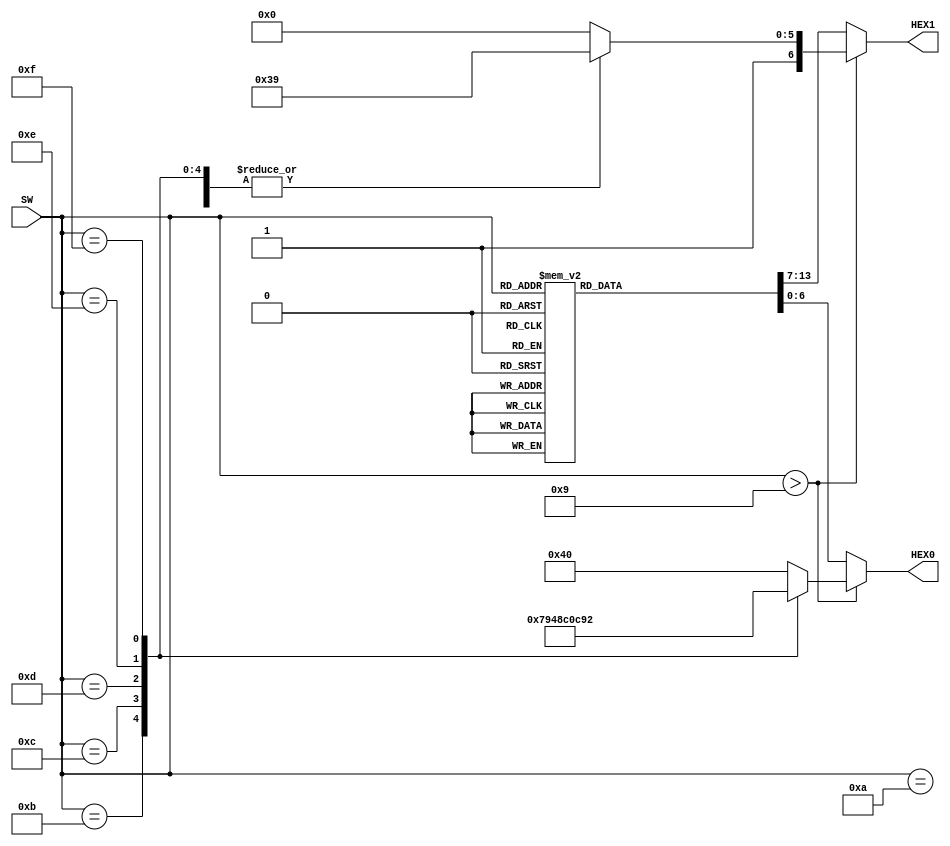
module bin2dec_2 (SW,HEX1,HEX0);

	input [3:0] SW;
	output reg[6:0] HEX1,HEX0;
	
	wire z;
	assign z = SW > 4'b1001;
	
	always @(*)
	begin
		if (z)
			case (SW)
			
				4'b1010: begin	
				HEX0 <= 7'b1000_000; 
				HEX1 <= 7'b1111_001; 
				end
				
				4'b1011:	begin 
				HEX0 <= 7'b1111_001; 
				HEX1 <= 7'b1111_001;	

				end
				4'b1100: begin	
				HEX0 <= 7'b0100_100; 
				HEX1 <= 7'b1111_001; 

				end
			   4'b1101: begin	
				HEX0 <= 7'b0110_000; 
				HEX1 <= 7'b1111_001; 
				
				end
				
				4'b1110: begin	
			   HEX0 <= 7'b0011_001; 
				HEX1 <= 7'b1111_001; 
			
				end
				4'b1111: begin	
				HEX0 <= 7'b0010_010; 
				HEX1 <= 7'b1111_001; 
				end
				
				default: 
				begin
				HEX0 <= 7'b1000_000;
				HEX1 <= 7'b1000_000;
				end
			
			endcase
		else
			case (SW)
			
				4'b0000: begin	
				HEX0 <= 7'b1000_000; 
				HEX1 <= 7'b1000_000; 
				end
				4'b0001:	begin 
				HEX0 <= 7'b1111_001; 
				HEX1 <= 7'b1000_000;	

				end
				4'b0010: begin	
				HEX0 <= 7'b0100_100; 
				HEX1 <= 7'b1000_000; 

				end
			   4'b0011: begin	
				HEX0 <= 7'b0110_000; 
				HEX1 <= 7'b1000_000; 
				
				end
				
				4'b0100: begin	
			   HEX0 <= 7'b0011_001; 
				HEX1 <= 7'b1000_000; 
			
				end
				4'b0101: begin	
				HEX0 <= 7'b0010_010; 
				HEX1 <= 7'b1000_000; 
				
				end
				4'b0110: begin	
				HEX0 <= 7'b0000_010; 
				HEX1 <= 7'b1000_000; 
		
				end
				4'b0111: begin	
				HEX0 <= 7'b1111_000; 
				HEX1 <= 7'b1000_000; 
				
				end
				4'b1000: begin	
				HEX0 <= 7'b0000_000; 
				HEX1 <= 7'b1000_000; 

				end
				
				4'b1001: begin	
				HEX0 <= 7'b0010_000; 
				HEX1 <= 7'b1000_000; 
				end
				
				default: 
				begin
				HEX0 <= 7'b1000_000;
				HEX1 <= 7'b1000_000;
				end
			
			endcase
		
	end
	
endmodule